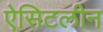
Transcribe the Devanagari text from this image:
ऐसिटलीन